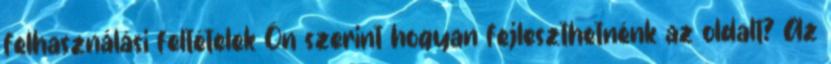
felhasználási feltételek Ön szerint hogyan fejleszthetnénk az oldalt? Az